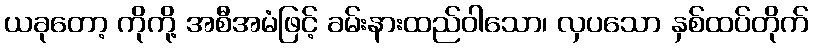
ယခုတော့ ကိုကို့ အစီအမံဖြင့် ခမ်းနားထည်ဝါသော၊ လှပသော နှစ်ထပ်တိုက်